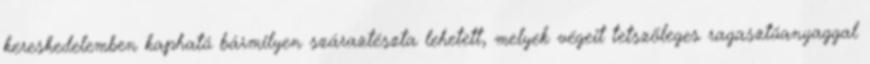
kereskedelemben kapható bármilyen száraztészta lehetett, melyek végeit tetszõleges ragasztóanyaggal